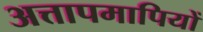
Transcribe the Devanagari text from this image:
अत्तापमापियों